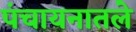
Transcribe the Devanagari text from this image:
पंचायनातले